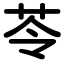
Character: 苓